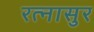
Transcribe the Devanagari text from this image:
रत्‍नासुर